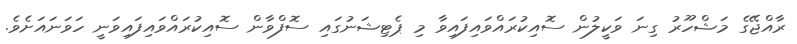
ރާއްޖޭގެ މަޝްހޫރު ގިނަ ވަކީލުން ސޮއިކުރައްވައިފައިވާ މި ޕެޓިޝަނުގައި ސޮފްވާން ސޮއިކުރައްވައިފައިވަނީ ހަވަނައަށެވެ.